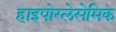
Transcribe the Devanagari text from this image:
हाइपोग्लेसेमिक